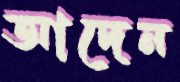
আদেন